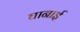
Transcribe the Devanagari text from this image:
घानाई